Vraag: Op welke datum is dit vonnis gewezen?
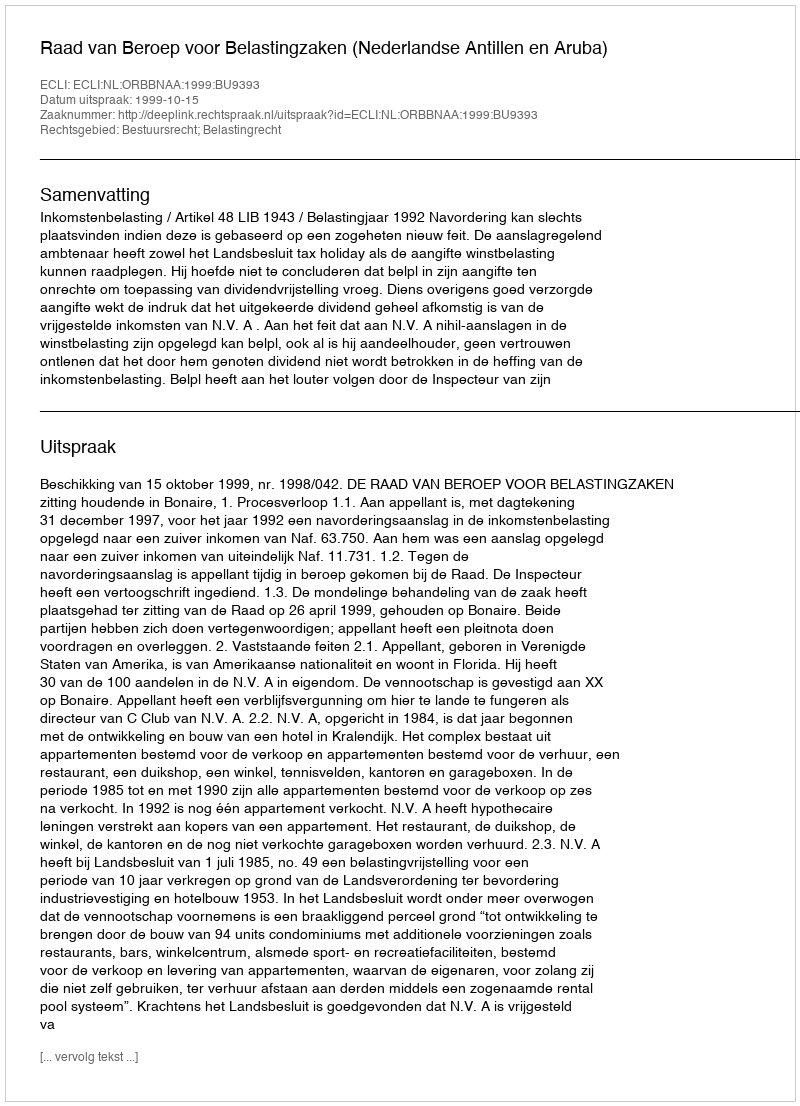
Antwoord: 1999-10-15